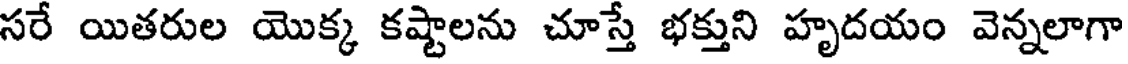
సరే యితరుల యొక్క కష్టాలను చూస్తే భక్తుని హృదయం వెన్నలాగా